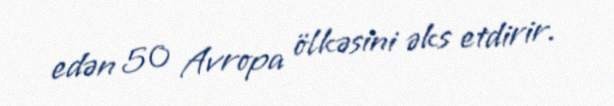
edən 50 Avropa ölkəsini əks etdirir.